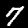
Digit: 7